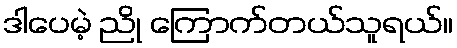
ဒါပေမဲ့ ညို ကြောက်တယ်သူရယ်။